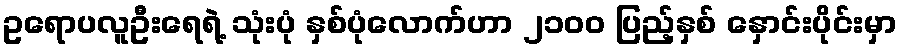
ဥရောပလူဦးရေရဲ့ သုံးပုံ နှစ်ပုံလောက်ဟာ ၂၁၀ဝ ပြည့်နှစ် နှောင်းပိုင်းမှာ